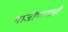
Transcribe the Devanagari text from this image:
भाजीपालाही